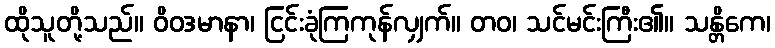
ထိုသူတို့သည်။ ဝိဝဒမာနာ၊ ငြင်းခုံကြကုန်လျှက်။ တဝ၊ သင်မင်းကြီး၏။ သန္တိကေ၊